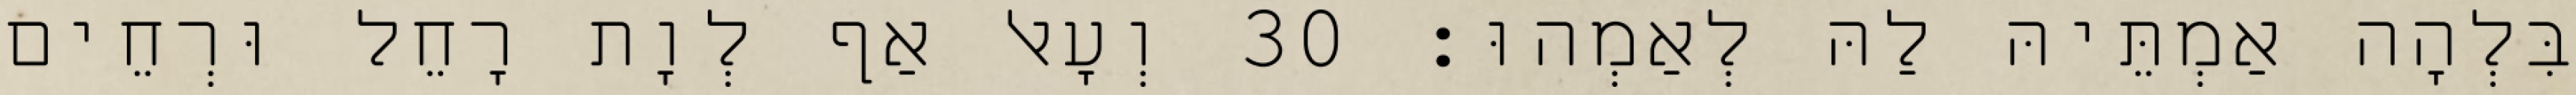
בִּלְהָה אַמְתֵּיהּ לַהּ לְאַמְהוּ׃ 30 וְעָאל אַף לְוָת רָחֵל וּרְחֵים